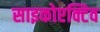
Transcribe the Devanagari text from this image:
साइकोएक्टिव